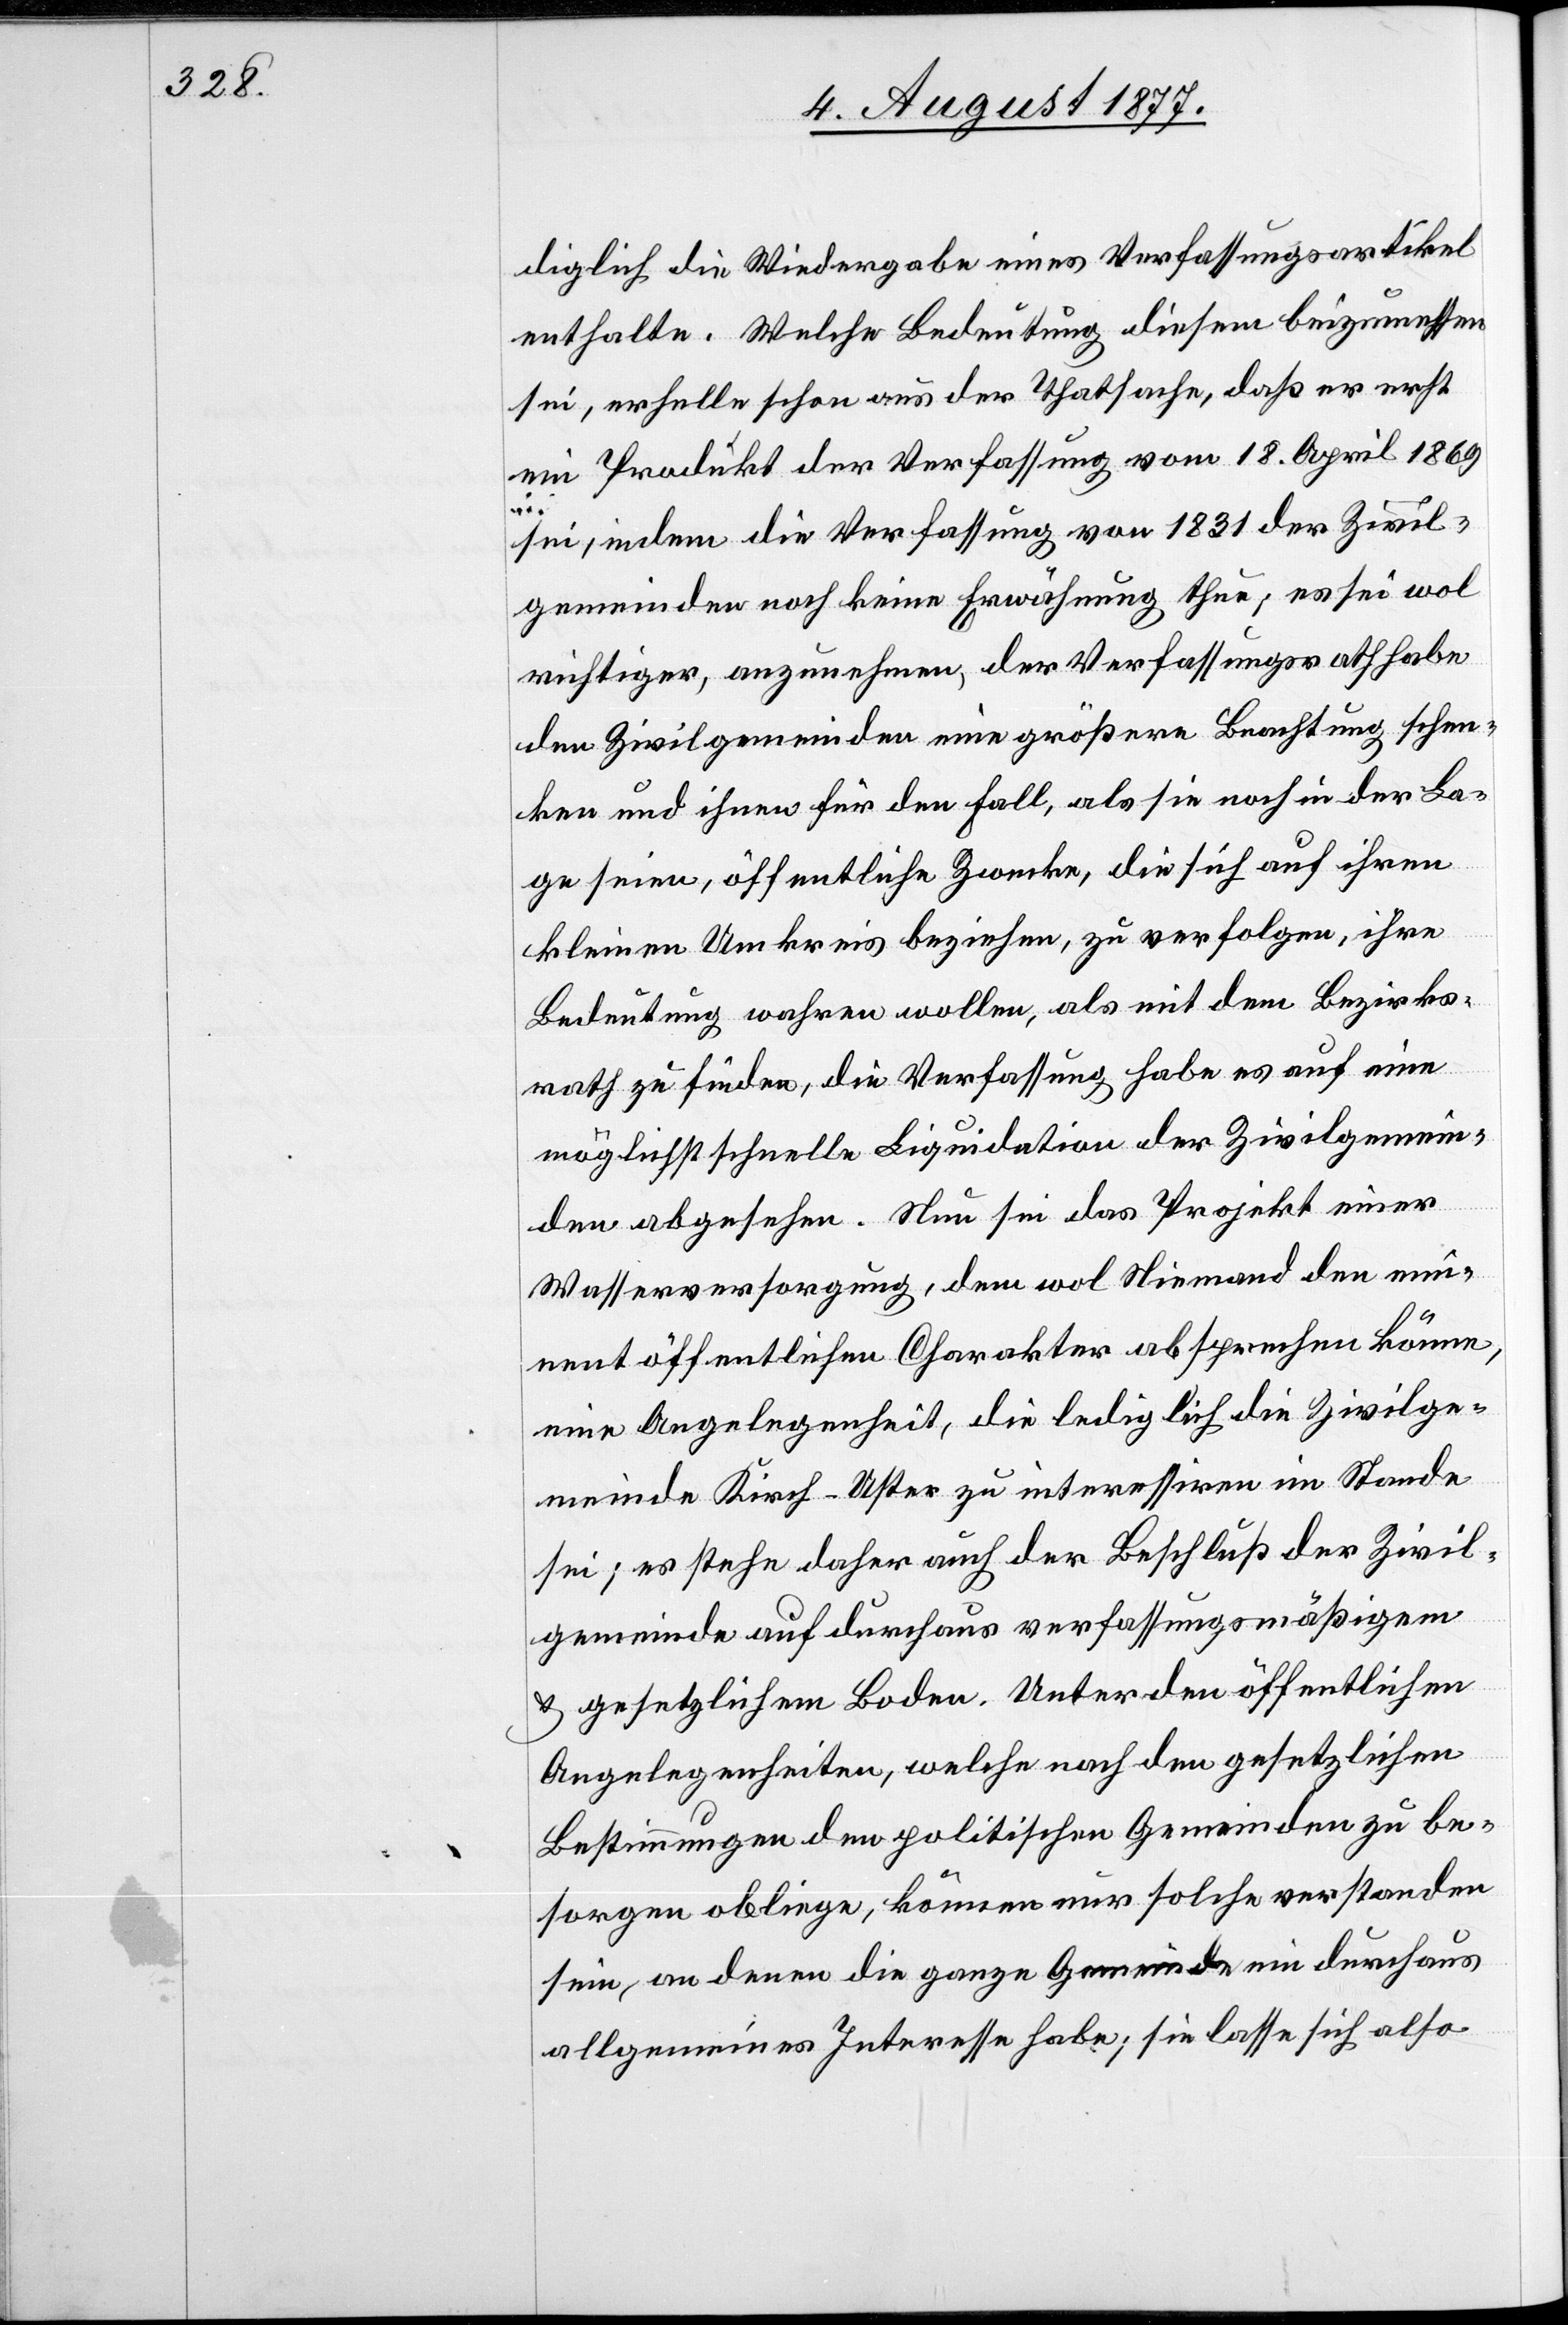
diglich die Wiedergabe eines Verfassungsartikel[s]
enthalte. Welche Bedeutung diesem beizumessen
sei, erhelle schon aus der Thatsache, daß er erst
ein Produkt der Verfassung vom 18. April 1869
sei, indem die Verfassung von 1831 der Zivil¬
gemeinden noch keine Erwähnung thue; es sei wol
richtiger, anzunehmen, der Verfassungsrath habe
den Zivilgemeinden eine größere Beachtung schen¬
ken und ihnen für den Fall, als sie noch in der La¬
ge seien, öffentliche Zwecke, die sich auf ihren
kleinen Umkreis beziehen, zu verfolgen, ihre
Bedeutung wahren wollen, als mit dem Bezirks¬
rath zu finden, die Verfassung habe es auf eine
möglichst schnelle Liquidation der Zivilgemein¬
den abgesehen. Nun sei das Projekt einer
Wasserversorgung, dem wol Niemand den emin¬
ent öffentlichen Charakter absprechen könne,
eine Angelegenheit, die lediglich die Zivilge¬
meinde Kirch-Uster zu interessiren im Stande
sei; es stehe daher auch der Beschluß der Zivil¬
gemeinde auf durchaus verfassungsmäßigem
& gesetzlichem Boden. Unter den öffentlichen
Angelegenheiten, welche nach den gesetzlichen
Bestimmungen den politischen Gemeinden zu be¬
sorgen obliege, können nur solche verstanden
sein, an denen die ganze Gemeinde ein durchaus
allgemeines Interesse habe; sie lasse sich also